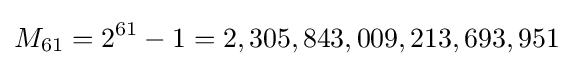
M_{61}=2^{61}-1=2,305,843,009,213,693,951